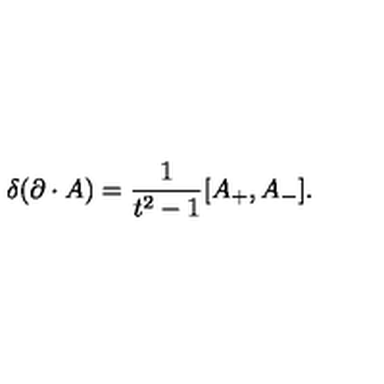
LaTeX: \delta ( \partial \cdot A ) = { \frac { 1 } { t ^ { 2 } - 1 } } [ A _ { + } , A _ { - } ] .